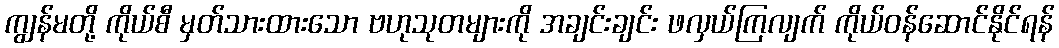
ကျွန်မတို့ ကိုယ်စီ မှတ်သားထားသော ဗဟုသုတများကို အချင်းချင်း ဖလှယ်ကြလျက် ကိုယ်ဝန်ဆောင်နိုင်ရန်